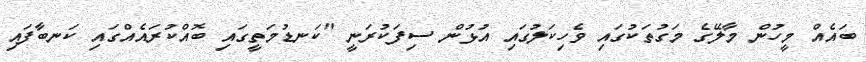
ބައެއް މީހުން މާލޭގެ މަގުތަކުގައި ވެހިކަލުގައި އުޅުން ސިފަކުރަނީ "ކަނޑުމަތީގައި ބޮއްކުރައެއްގައި ކަނބާފައި